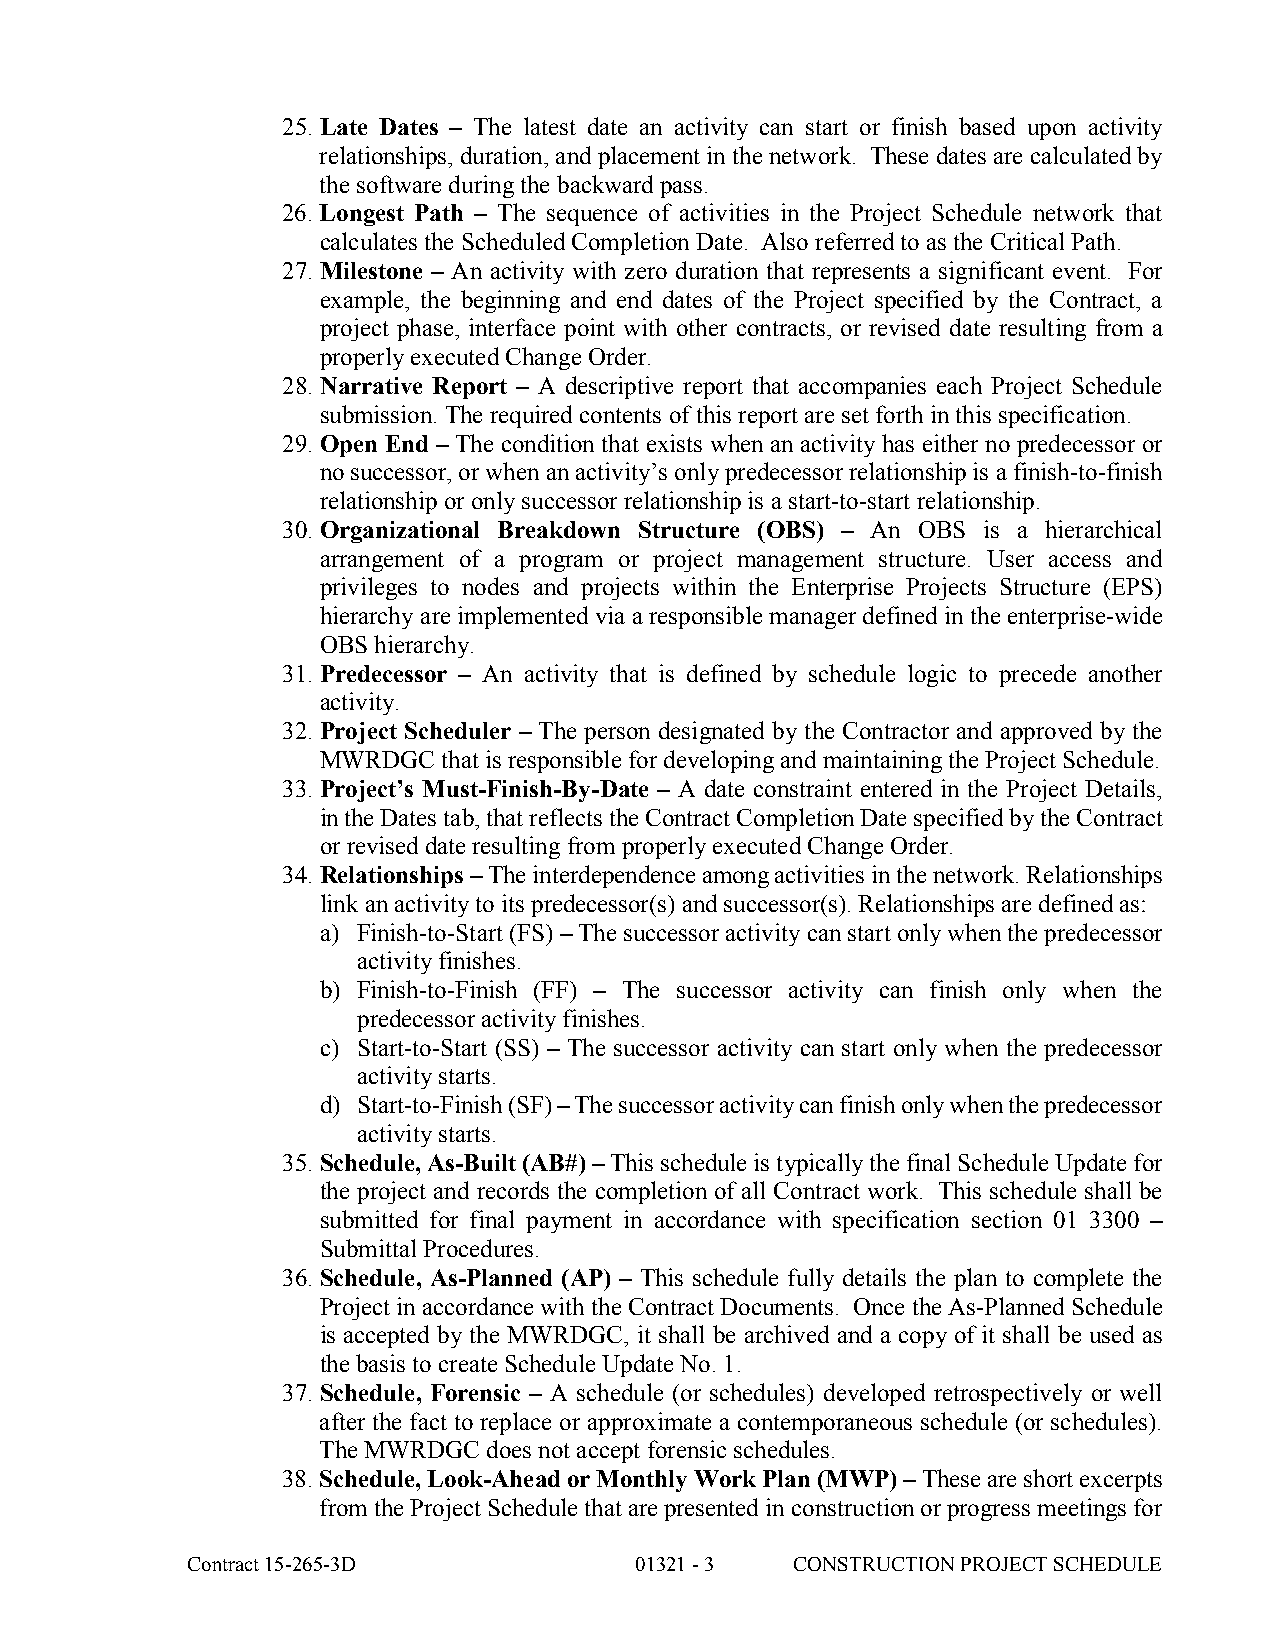
25. Late Dates – The latest date an activity can start or finish based upon activity
 relationships, duration, and placement in the network. These dates are calculated by
 the software during the backward pass.
 26. Longest Path – The sequence of activities in the Project Schedule network that
 calculates the Scheduled Completion Date. Also referred to as the Critical Path.
 27. Milestone – An activity with zero duration that represents a significant event. For
 example, the beginning and end dates of the Project specified by the Contract, a
 project phase, interface point with other contracts, or revised date resulting from a
 properly executed Change Order.
 28. Narrative Report – A descriptive report that accompanies each Project Schedule
 submission. The required contents of this report are set forth in this specification.
 29. Open End – The condition that exists when an activity has either no predecessor or
 no successor, or when an activity’s only predecessor relationship is a finish-to-finish
 relationship or only successor relationship is a start-to-start relationship.
 30. Organizational Breakdown Structure (OBS) – An OBS is a hierarchical
 arrangement of a program or project management structure. User access and
 privileges to nodes and projects within the Enterprise Projects Structure (EPS)
 hierarchy are implemented via a responsible manager defined in the enterprise-wide
 OBS hierarchy.
 31. Predecessor – An activity that is defined by schedule logic to precede another
 activity.
 32. Project Scheduler – The person designated by the Contractor and approved by the
 MWRDGC  that is responsible for developing and maintaining the Project Schedule.
 33. Project’s Must-Finish-By-Date – A date constraint entered in the Project Details,
 in the Dates tab, that reflects the Contract Completion Date specified by the Contract
 or revised date resulting from properly executed Change Order.
 34. Relationships – The interdependence among activities in the network. Relationships
 link an activity to its predecessor(s) and successor(s). Relationships are defined as:
 a) Finish-to-Start (FS) – The successor activity can start only when the predecessor
 activity finishes.
 b) Finish-to-Finish (FF) – The successor activity can finish only when the
 predecessor activity finishes.
 c) Start-to-Start (SS) – The successor activity can start only when the predecessor
 activity starts.
 d) Start-to-Finish (SF) – The successor activity can finish only when the predecessor
 activity starts.
 35. Schedule, As-Built (AB#) – This schedule is typically the final Schedule Update for
 the project and records the completion of all Contract work. This schedule shall be
 submitted for final payment in accordance with specification section 01 3300 –
 Submittal Procedures.
 36. Schedule, As-Planned (AP) – This schedule fully details the plan to complete the
 Project in accordance with the Contract Documents. Once the As-Planned Schedule
 is accepted by the MWRDGC, it shall be archived and a copy of it shall be used as
 the basis to create Schedule Update No. 1.
 37. Schedule, Forensic – A schedule (or schedules) developed retrospectively or well
 after the fact to replace or approximate a contemporaneous schedule (or schedules).
 The MWRDGC does not accept forensic schedules.
 38. Schedule, Look-Ahead or Monthly Work Plan (MWP) – These are short excerpts
 from the Project Schedule that are presented in construction or progress meetings for
 Contract 15-265-3D            01321 - 3  CONSTRUCTION PROJECT SCHEDULE